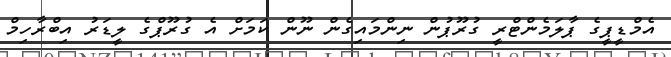
އެމްޑީޕީގެ ޕާލަމެންޓްރީ ގުރޫޕުން ނިންމައިގެން ނޫން ކަމަށް އެ ގުރޫޕްގެ ލީޑަރު އިބްރާހިމް